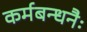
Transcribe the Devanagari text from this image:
कर्मबन्धनैः